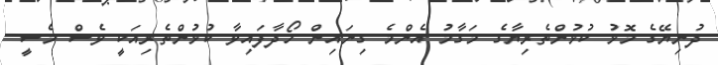
ދުނިޔޭގެ މޮޅު ކުޅުންތެރިޔާގެ މަގާމު އެންމެ ގިނައިން ހޯދާފައިވާ ކުޅުންތެރިއަކީ ވެސް މެސީ